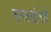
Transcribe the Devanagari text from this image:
चप्पलांची